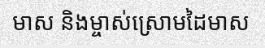
មាស និងម្ចាស់ស្រោមដៃមាស